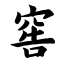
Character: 窖